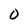
Character: 0